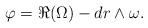
LaTeX: \begin{align*} \varphi = \Re (\Omega) - dr \wedge \omega.\end{align*}